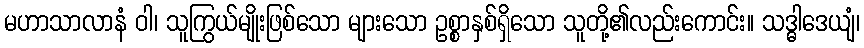
မဟာသာလာနံ ဝါ၊ သူကြွယ်မျိုးဖြစ်သော များသော ဥစ္စာနှစ်ရှိသော သူတို့၏လည်းကောင်း။ သဒ္ဓါဒေယျံ၊